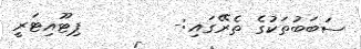
ސަބަބުތަކުގެ ތެރޭގައި:-        ޕިޓޫއިޓަރީ